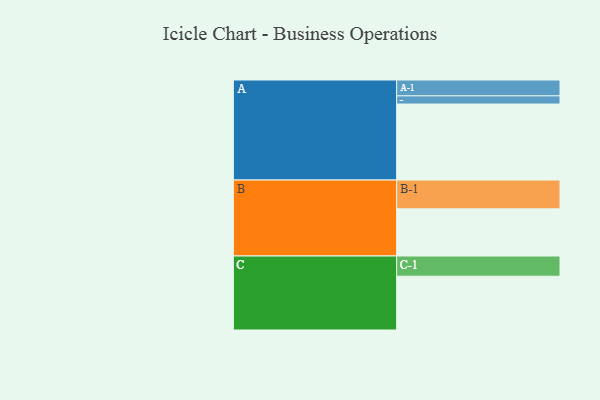
{"axis": {"x": "Segment", "y": "Value"}, "legend": ["", "A", "B", "C"], "data": [{"x": "A", "y": 575, "type": ""}, {"x": "B", "y": 357, "type": ""}, {"x": "C", "y": 407, "type": ""}, {"x": "A-1", "y": 120, "type": "A"}, {"x": "A-2", "y": 62, "type": "A"}, {"x": "B-1", "y": 218, "type": "B"}, {"x": "C-1", "y": 153, "type": "C"}]}